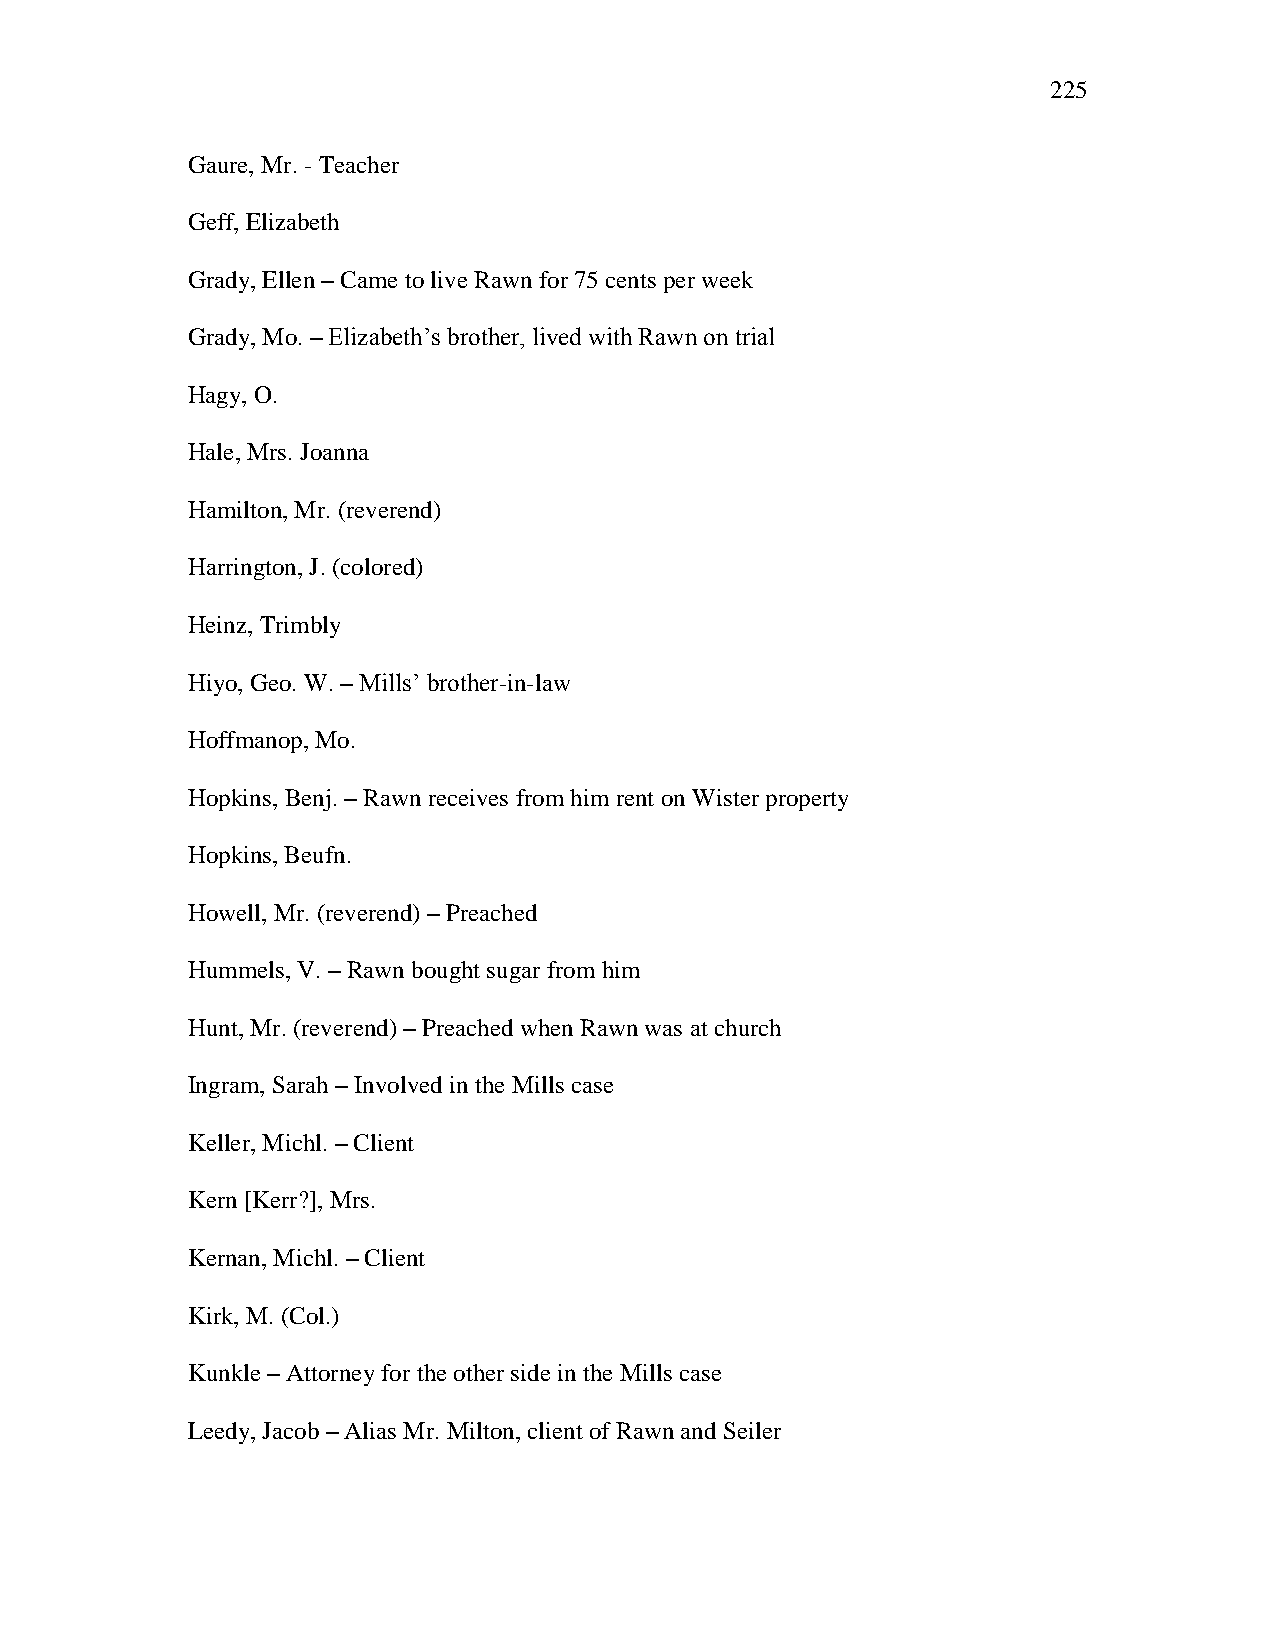
225
 Gaure, Mr. - Teacher
 Geff, Elizabeth
 Grady, Ellen – Came to live Rawn for 75 cents per week
 Grady, Mo. – Elizabeth‘s brother, lived with Rawn on trial
 Hagy, O.
 Hale, Mrs. Joanna
 Hamilton, Mr. (reverend)
 Harrington, J. (colored)
 Heinz, Trimbly
 Hiyo, Geo. W. – Mills‘ brother-in-law
 Hoffmanop, Mo.
 Hopkins, Benj. – Rawn receives from him rent on Wister property
 Hopkins, Beufn.
 Howell, Mr. (reverend) – Preached
 Hummels, V. – Rawn bought sugar from him
 Hunt, Mr. (reverend) – Preached when Rawn was at church
 Ingram, Sarah – Involved in the Mills case
 Keller, Michl. – Client
 Kern [Kerr?], Mrs.
 Kernan, Michl. – Client
 Kirk, M. (Col.)
 Kunkle – Attorney for the other side in the Mills case
 Leedy, Jacob – Alias Mr. Milton, client of Rawn and Seiler